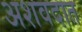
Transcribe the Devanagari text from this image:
अशवदात